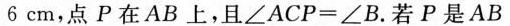
6cm，点P在AB上，且$$\angle ACP＝\angle B$$.若P是AB